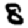
Digit: 8